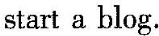
start a blog.